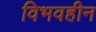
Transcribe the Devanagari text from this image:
विभवहीन